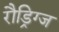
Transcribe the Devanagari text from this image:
रौड्रिग्ज